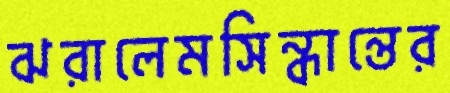
ঝরালেমসিন্ধান্তের